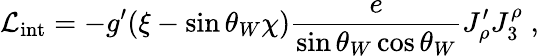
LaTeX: \mathcal{L}_{\mathrm{int}}=-g^{\prime}(\xi-\sin\theta_{W}\chi)\frac{e}{\sin\theta_{W}\cos\theta_{W}}J_{\rho}^{\prime}J_{3}^{\rho}\; ,